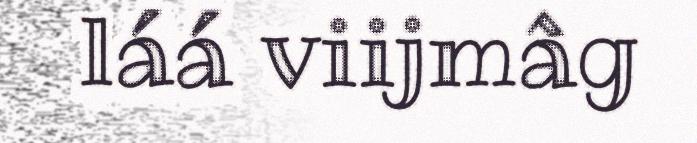
láá viijmâg